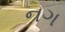
નગ